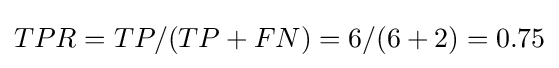
TPR=TP/(TP+FN)=6/(6+2)=0.75